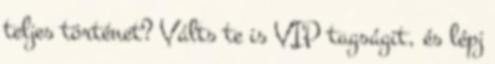
teljes történet? Válts te is VIP tagságit, és lépj